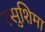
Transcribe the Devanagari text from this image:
त्सुशिमा